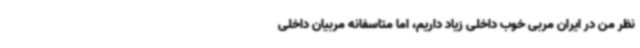
نظر من در ایران مربی خوب داخلی زیاد داریم، اما متاسفانه مربیان داخلی